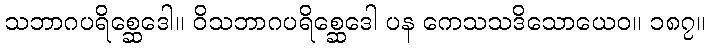
သဘာဂပရိစ္ဆေဒေါ။ ဝိသဘာဂပရိစ္ဆေဒေါ ပန ကေသသဒိသောယေဝ။ ၁၈၇။